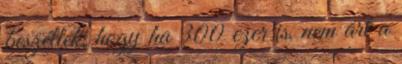
beszéltek, hogy ha 300 ezer is, nem árt a